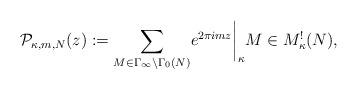
LaTeX: \begin{align*}\mathcal{P}_{\kappa,m,N}(z):={\displaystyle{\sum_{M\in \Gamma_{\infty}\backslash\Gamma_0(N)}}} e^{2\pi imz}\bigg|_{\kappa}M \in M_{\kappa}^!(N),\end{align*}